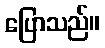
ပြောသည်။